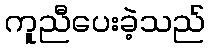
ကူညီပေးခဲ့သည်